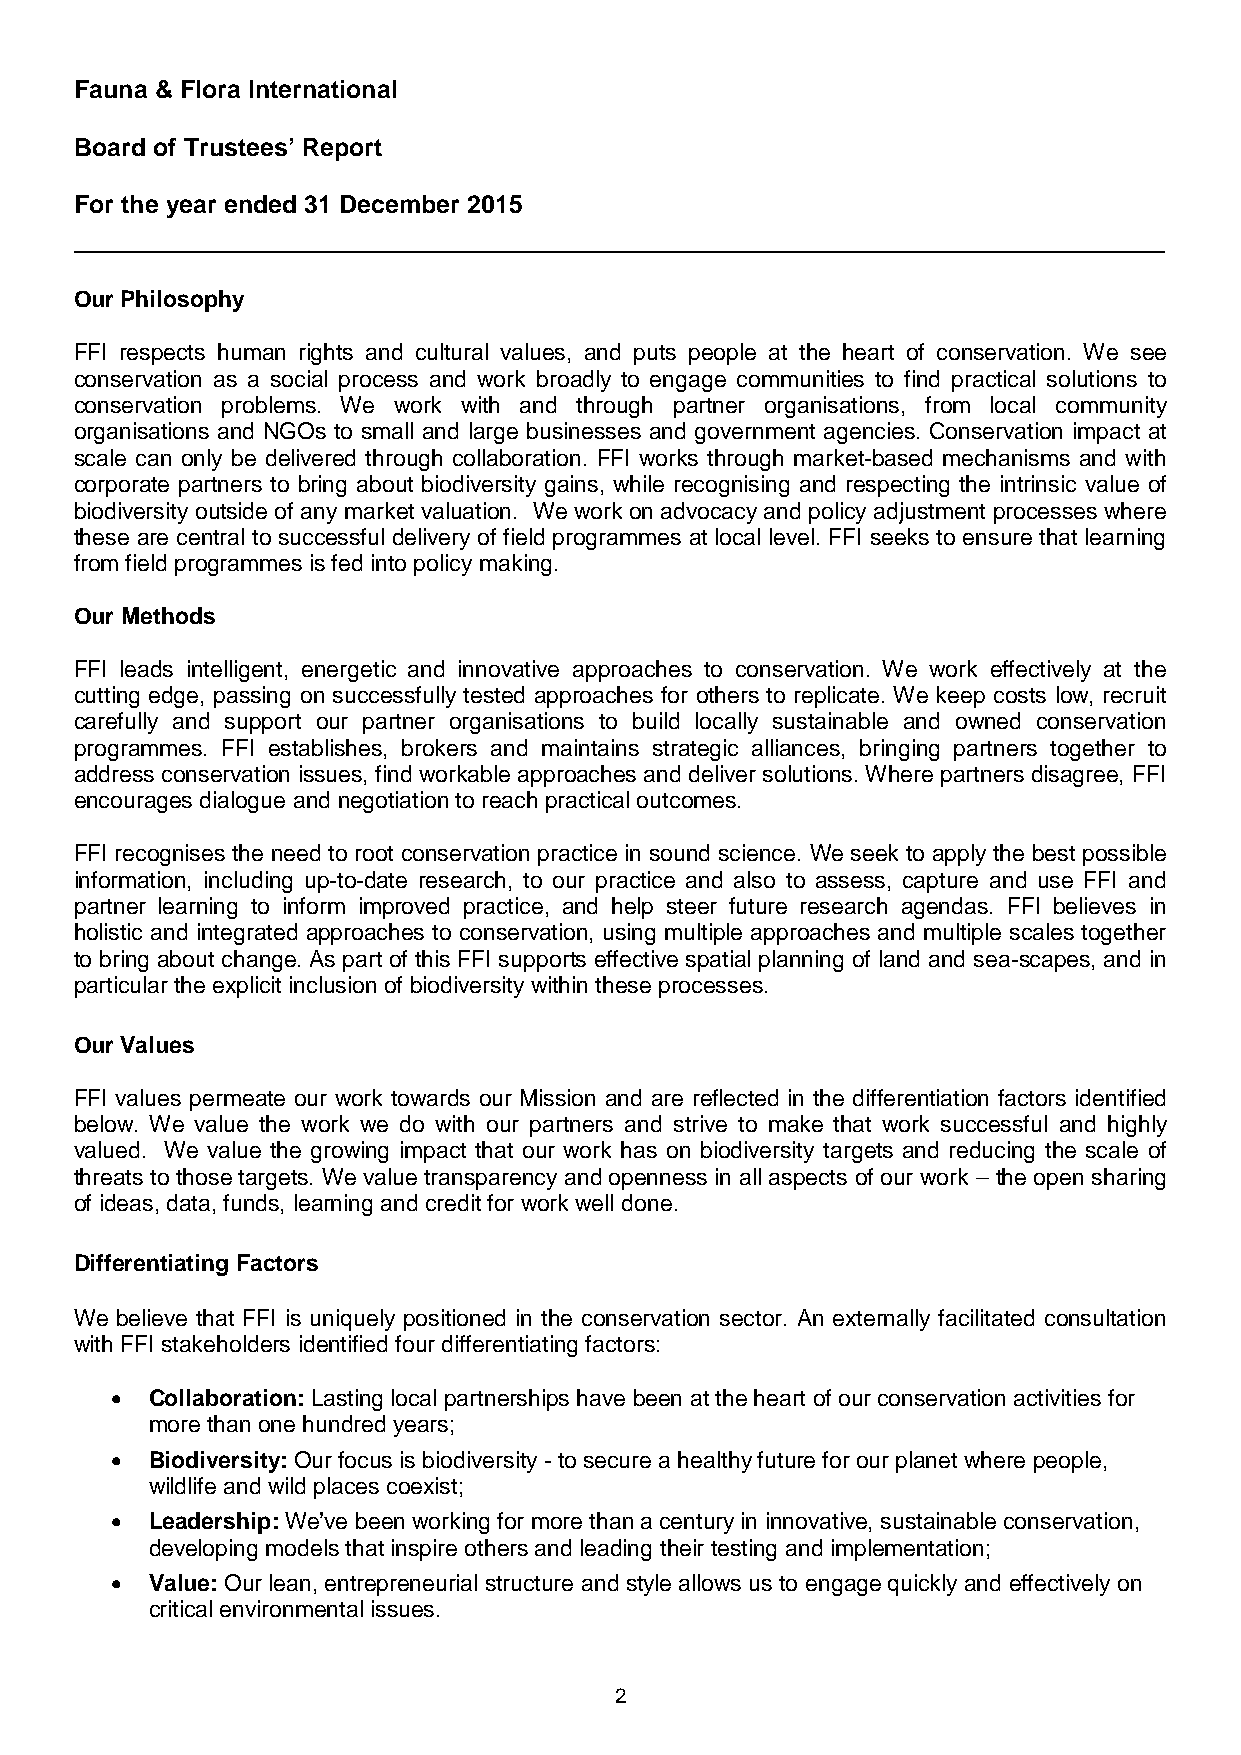
Fauna & Flora International
 Board of Trustees’ Report
 For the year ended 31 December 2015
 Our Philosophy
 FFI respects human rights and cultural values, and puts people at the heart of conservation. We see
 conservation as a social process and work broadly to engage communities to find practical solutions to
 conservation problems. We work with and through partner organisations, from local community
 organisations and NGOs to small and large businesses and government agencies. Conservation impact at
 scale can only be delivered through collaboration. FFI works through market-based mechanisms and with
 corporate partners to bring about biodiversity gains, while recognising and respecting the intrinsic value of
 biodiversity outside of any market valuation. We work on advocacy and policy adjustment processes where
 these are central to successful delivery of field programmes at local level. FFI seeks to ensure that learning
 from field programmes is fed into policy making.
 Our Methods
 FFI leads intelligent, energetic and innovative approaches to conservation. We work effectively at the
 cutting edge, passing on successfully tested approaches for others to replicate. We keep costs low, recruit
 carefully and support our partner organisations to build locally sustainable and owned conservation
 programmes. FFI establishes, brokers and maintains strategic alliances, bringing partners together to
 address conservation issues, find workable approaches and deliver solutions. Where partners disagree, FFI
 encourages dialogue and negotiation to reach practical outcomes.
 FFI recognises the need to root conservation practice in sound science. We seek to apply the best possible
 information, including up-to-date research, to our practice and also to assess, capture and use FFI and
 partner learning to inform improved practice, and help steer future research agendas. FFI believes in
 holistic and integrated approaches to conservation, using multiple approaches and multiple scales together
 to bring about change. As part of this FFI supports effective spatial planning of land and sea-scapes, and in
 particular the explicit inclusion of biodiversity within these processes.
 Our Values
 FFI values permeate our work towards our Mission and are reflected in the differentiation factors identified
 below. We value the work we do with our partners and strive to make that work successful and highly
 valued. We value the growing impact that our work has on biodiversity targets and reducing the scale of
 threats to those targets. We value transparency and openness in all aspects of our work – the open sharing
 of ideas, data, funds, learning and credit for work well done.
 Differentiating Factors
 We believe that FFI is uniquely positioned in the conservation sector. An externally facilitated consultation
 with FFI stakeholders identified four differentiating factors:
 •  Collaboration: Lasting local partnerships have been at the heart of our conservation activities for
 more than one hundred years;
 •  Biodiversity: Our focus is biodiversity - to secure a healthy future for our planet where people,
 wildlife and wild places coexist;
 •  Leadership: We’ve been working for more than a century in innovative, sustainable conservation,
 developing models that inspire others and leading their testing and implementation;
 •  Value: Our lean, entrepreneurial structure and style allows us to engage quickly and effectively on
 critical environmental issues.
 2